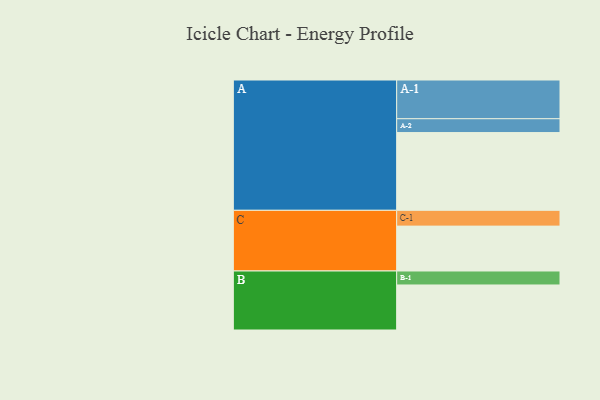
{"axis": {"x": "Segment", "y": "Value"}, "legend": ["", "A", "B", "C"], "data": [{"x": "A", "y": 556, "type": ""}, {"x": "B", "y": 322, "type": ""}, {"x": "C", "y": 321, "type": ""}, {"x": "A-1", "y": 277, "type": "A"}, {"x": "A-2", "y": 99, "type": "A"}, {"x": "B-1", "y": 100, "type": "B"}, {"x": "C-1", "y": 113, "type": "C"}]}